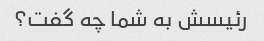
رئیسش به شما چه گفت؟